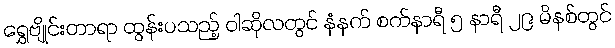
ရွှေဗျိုင်းတာရာ ထွန်းပသည့် ဝါဆိုလတွင် နံနက် စက်နာရီ ၅ နာရီ ၂၉ မိနစ်တွင်